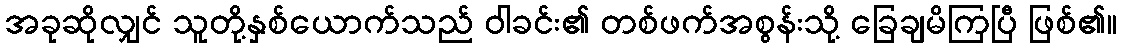
အခုဆိုလျှင် သူတို့နှစ်ယောက်သည် ဝါခင်း၏ တစ်ဖက်အစွန်းသို့ ခြေချမိကြပြီ ဖြစ်၏။